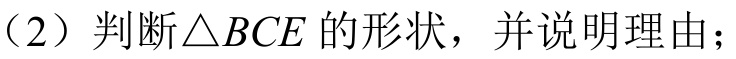
（2）判断\(\triangle BCE\)的形状，并说明理由；